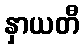
နှာယတီ